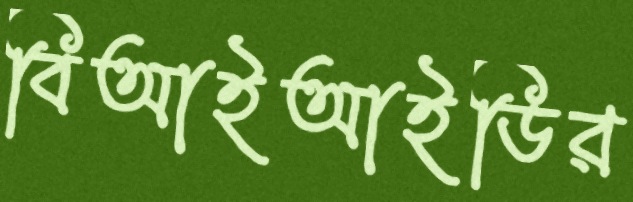
বিআইআইডির